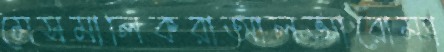
মেসমালিকরাআলভ্যারোম্যা